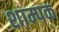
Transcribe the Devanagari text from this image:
शाम्पक